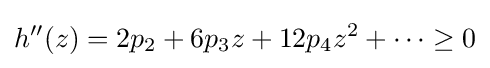
h''(z)=2p_{2}+6p_{3}z+12p_{4}z^{2}+\cdots \geq 0